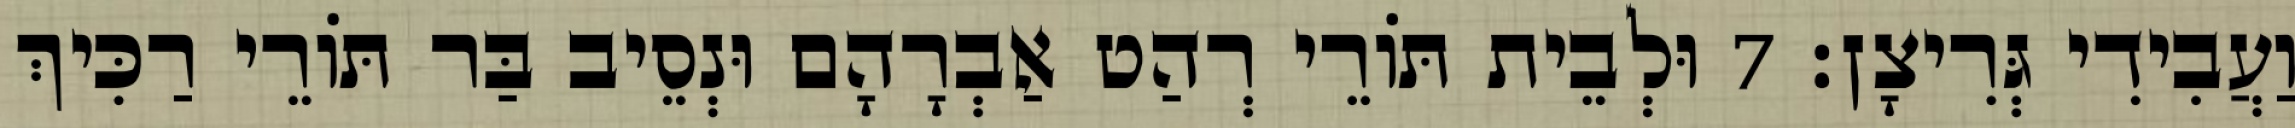
וַעֲבִידִי גְּרִיצָן׃ 7 וּלְבֵית תּוֹרֵי רְהַט אַבְרָהָם וּנְסֵיב בַּר תּוֹרֵי רַכִּיךְ